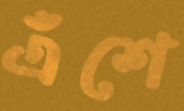
এঁশে